Plague in India, 1896, 1897 - Volume 1
Year: 1896
Disease focus: Plague
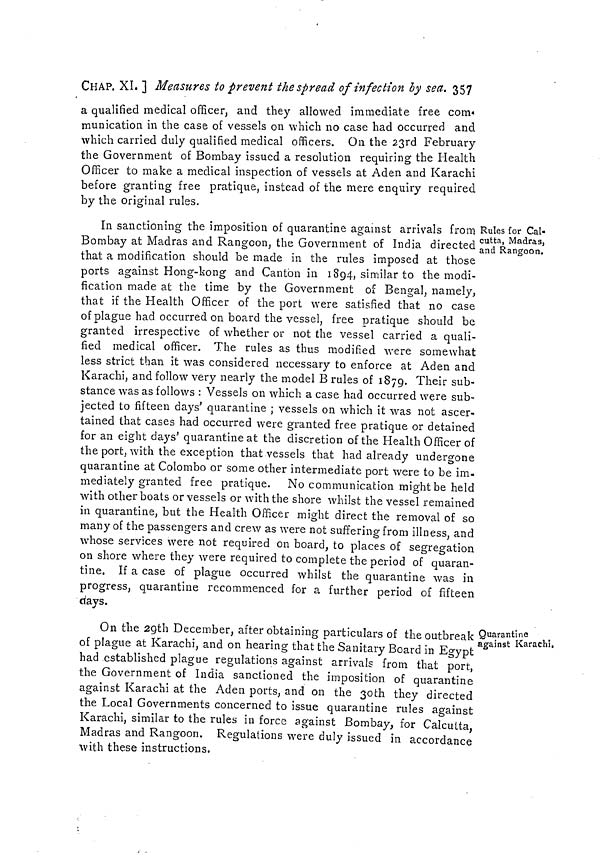
CHAP. XL ] Measures to prevent the spread of infection by sea. 357
a qualified medical officer, and they allowed immediate free com-
munication in the case of vessels on which no case had occurred and
which carried duly qualified medical officers. On the 23rd February
the Government of Bombay issued a resolution requiring the Health
Officer to make a medical inspection of vessels at Aden and Karachi
before granting free pratique, instead of the mere enquiry required
by the original rules.
Rules for Cal-
cutta, Madras,
and Rangoon.
In sanctioning the imposition of quarantine against arrivals from
Bombay at Madras and Rangoon, the Government of India directed
that a modification should be made in the rules imposed at those
ports against Hong-kong and Canton in 1894, similar to the modi-
fication made at the time by the Government of Bengal, namely,
that if the Health Officer of the port were satisfied that no case
of plague had occurred on board the vessel, free pratique should be
granted irrespective of whether or not the vessel carried a quali-
fied medical officer. The rules as thus modified were somewhat
less strict than it was considered necessary to enforce at Aden and
Karachi, and follow very nearly the model B rules of 1879. Their sub-
stance was as follows : Vessels on which a case had occurred were sub-
jected to fifteen days' quarantine ; vessels on which it was not ascer-
tained that cases had occurred were granted free pratique or detained
for an eight days' quarantine at the discretion of the Health Officer of
the port, with the exception that vessels that had already undergone
quarantine at Colombo or some other intermediate port were to be im-
mediately granted free pratique. No communication might be held
with other boats or vessels or with the shore whilst the vessel remained
in quarantine, but the Health Officer might direct the removal of so
many of the passengers and crew as were not suffering from illness, and
whose services were not required on board, to places of segregation
on shore where they were required to complete the period of quaran-
tine, If a case of plague occurred whilst the quarantine was in
progress, quarantine recommenced for a further period of fifteen
days.
Quarantine
against Karachi,
On the 29th December, after obtaining particulars of the outbreak
of plague at Karachi, and on hearing that the Sanitary Board in Egypt
had established plague regulations against arrivals from that port,
the Government of India sanctioned the imposition of quarantine
against Karachi at the Aden ports, and on the 3oth they directed
the Local Governments concerned to issue quarantine rules against
Karachi, similar to the rules in force against Bombay, for Calcutta,
Madras and Rangoon. Regulations were duly issued in accordance
with these instructions.